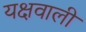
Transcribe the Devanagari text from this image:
यक्षवाली